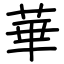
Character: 華